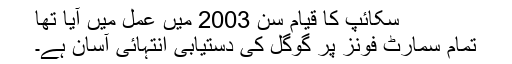
سکائپ کا قیام سن 2003 میں عمل میں آیا تھا
تمام سمارٹ فونز پر گوگل کی دستیابی انتہائی آسان ہے۔